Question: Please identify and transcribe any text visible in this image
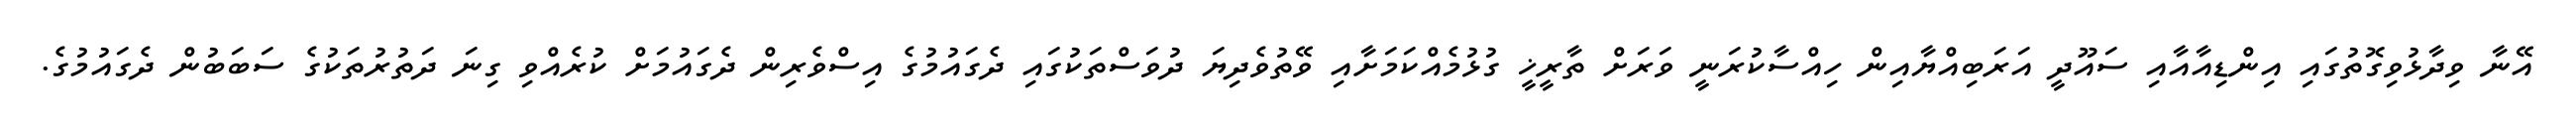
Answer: އޭނާ ވިދާޅުވިގޮތުގައި އިންޑިއާއާއި ސައޫދީ އަރަބިއްޔާއިން ހިއްސާކުރަނީ ވަރަށް ތާރީޚީ ގުޅުމެއްކަމަށާއި ވޭތުވެދިޔަ ދުވަސްތަކުގައި ދެގައުމުގެ އިސްވެރިން ދެގައުމަށް ކުރެއްވި ގިނަ ދަތުރުތަކުގެ ސަބަބުން ދެގައުމުގެ.